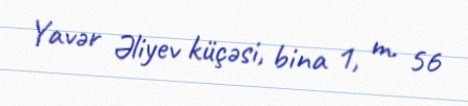
Yavər Əliyev küçəsi, bina 1, m. 56